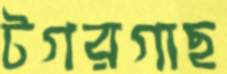
টগরগাছ